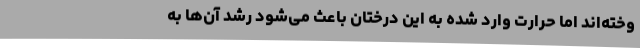
وخته‌اند اما حرارت وارد شده به این درختان باعث می‌شود رشد آن‌ها به